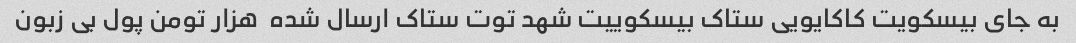
به جای بیسکویت کاکایویی ستاک بیسکوییت شهد توت ستاک ارسال شده  هزار تومن پول بی زبون